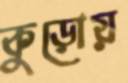
কুড়োয়